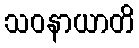
သဝနာယာတိ